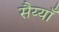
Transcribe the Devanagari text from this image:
सैय्याँ